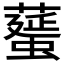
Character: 𦿸